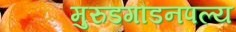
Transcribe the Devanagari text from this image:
मुरुडगौडनपल्य